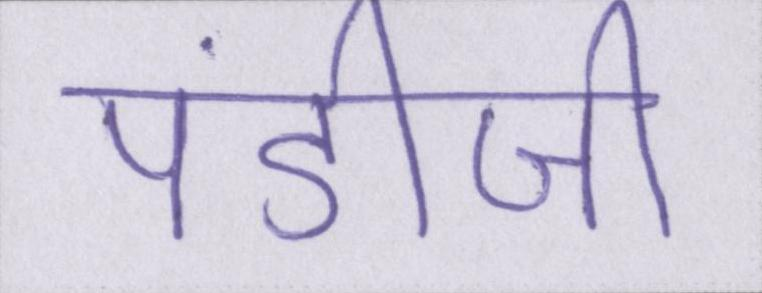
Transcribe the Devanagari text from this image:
पंडीजी